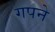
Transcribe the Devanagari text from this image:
गपने